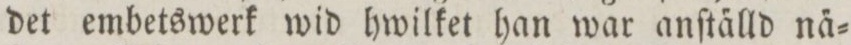
det embetswerk wid hwilket han war anſta̋lld na̋=